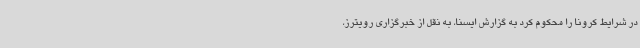
در شرایط کرونا را محکوم کرد به گزارش ایسنا، به نقل از خبرگزاری رویترز،